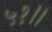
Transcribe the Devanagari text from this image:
५१।।